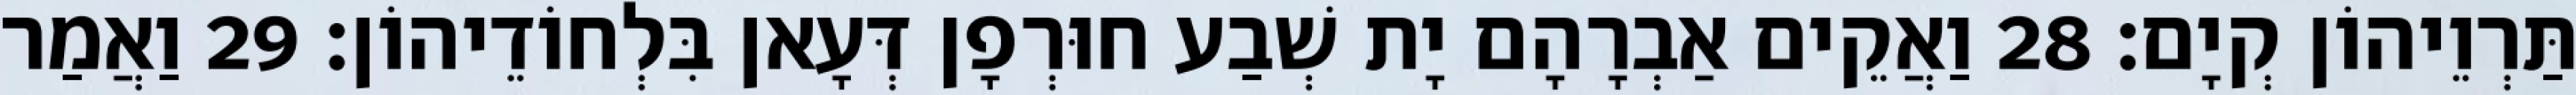
תַּרְוֵיהוֹן קְיָם׃ 28 וַאֲקֵים אַבְרָהָם יָת שְׁבַע חוּרְפָן דְּעָאן בִּלְחוֹדֵיהוֹן׃ 29 וַאֲמַר